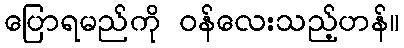
ပြောရမည်ကို ဝန်လေးသည့်ဟန်။